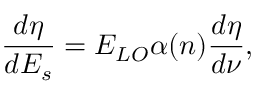
\frac { d \eta } { d E _ { s } } = E _ { L O } \alpha ( n ) \frac { d \eta } { d \nu } ,